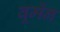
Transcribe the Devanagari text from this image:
वूमेंन